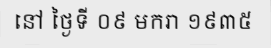
នៅ ថ្ងៃទី ០៩ មករា ១៩៣៥